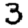
Digit: 3